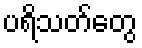
ပရိသတ်တွေ